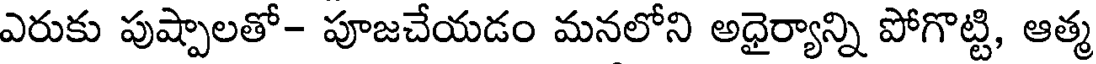
ఎరుకు పుష్పాలతో- పూజచేయడం మనలోని అధైర్యాన్ని పోగొట్టి, ఆత్మ